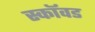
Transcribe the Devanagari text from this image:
स्कॉवड